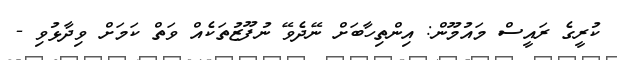
ކުރީގެ ރައީސް މައުމޫން: އިންތިހާބަށް ނޭދެވޭ ނުފޫޒުތަކެއް ވަތް ކަމަށް ވިދާޅުވި -